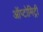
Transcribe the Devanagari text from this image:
ऑप्टोमिट्री